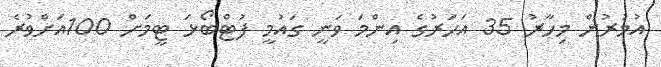
އުމުރުން މިހާރު 35 އަހަރުގެ އިންމަ ވަނީ ގައުމީ ފުޓްބޯޅަ ޓީމަށް 100އަށްވުރެ